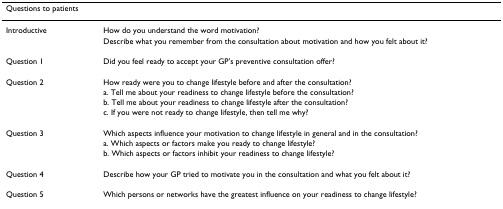
<table><thead><tr><td><b>Questions to patients</b></td><td></td></tr></thead><tbody><tr><td>Introductive</td><td>How do you understand the word motivation?</td></tr><tr><td></td><td>Describe what you remember from the consultation about motivation and how you felt about it?</td></tr><tr><td>Question 1</td><td>Did you feel ready to accept your GP&#x27;s preventive consultation offer?</td></tr><tr><td>Question 2</td><td>How ready were you to change lifestyle before and after the consultation?</td></tr><tr><td></td><td>a. Tell me about your readiness to change lifestyle before the consultation?</td></tr><tr><td></td><td>b. Tell me about your readiness to change lifestyle after the consultation?</td></tr><tr><td></td><td>c. If you were not ready to change lifestyle, then tell me why?</td></tr><tr><td>Question 3</td><td>Which aspects influence your motivation to change lifestyle in general and in the consultation?</td></tr><tr><td></td><td>a. Which aspects or factors make you ready to change lifestyle?</td></tr><tr><td></td><td>b. Which aspects or factors inhibit your readiness to change lifestyle?</td></tr><tr><td>Question 4</td><td>Describe how your GP tried to motivate you in the consultation and what you felt about it?</td></tr><tr><td>Question 5</td><td>Which persons or networks have the greatest influence on your readiness to change lifestyle?</td></tr></tbody></table>